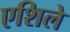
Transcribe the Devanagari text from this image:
एशिले